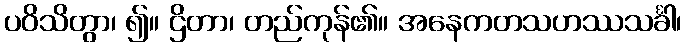
ပဝိသိတွာ၊ ၍။ ဌိတာ၊ တည်ကုန်၏။ အနေကတသဟဿသင်္ခါ၊